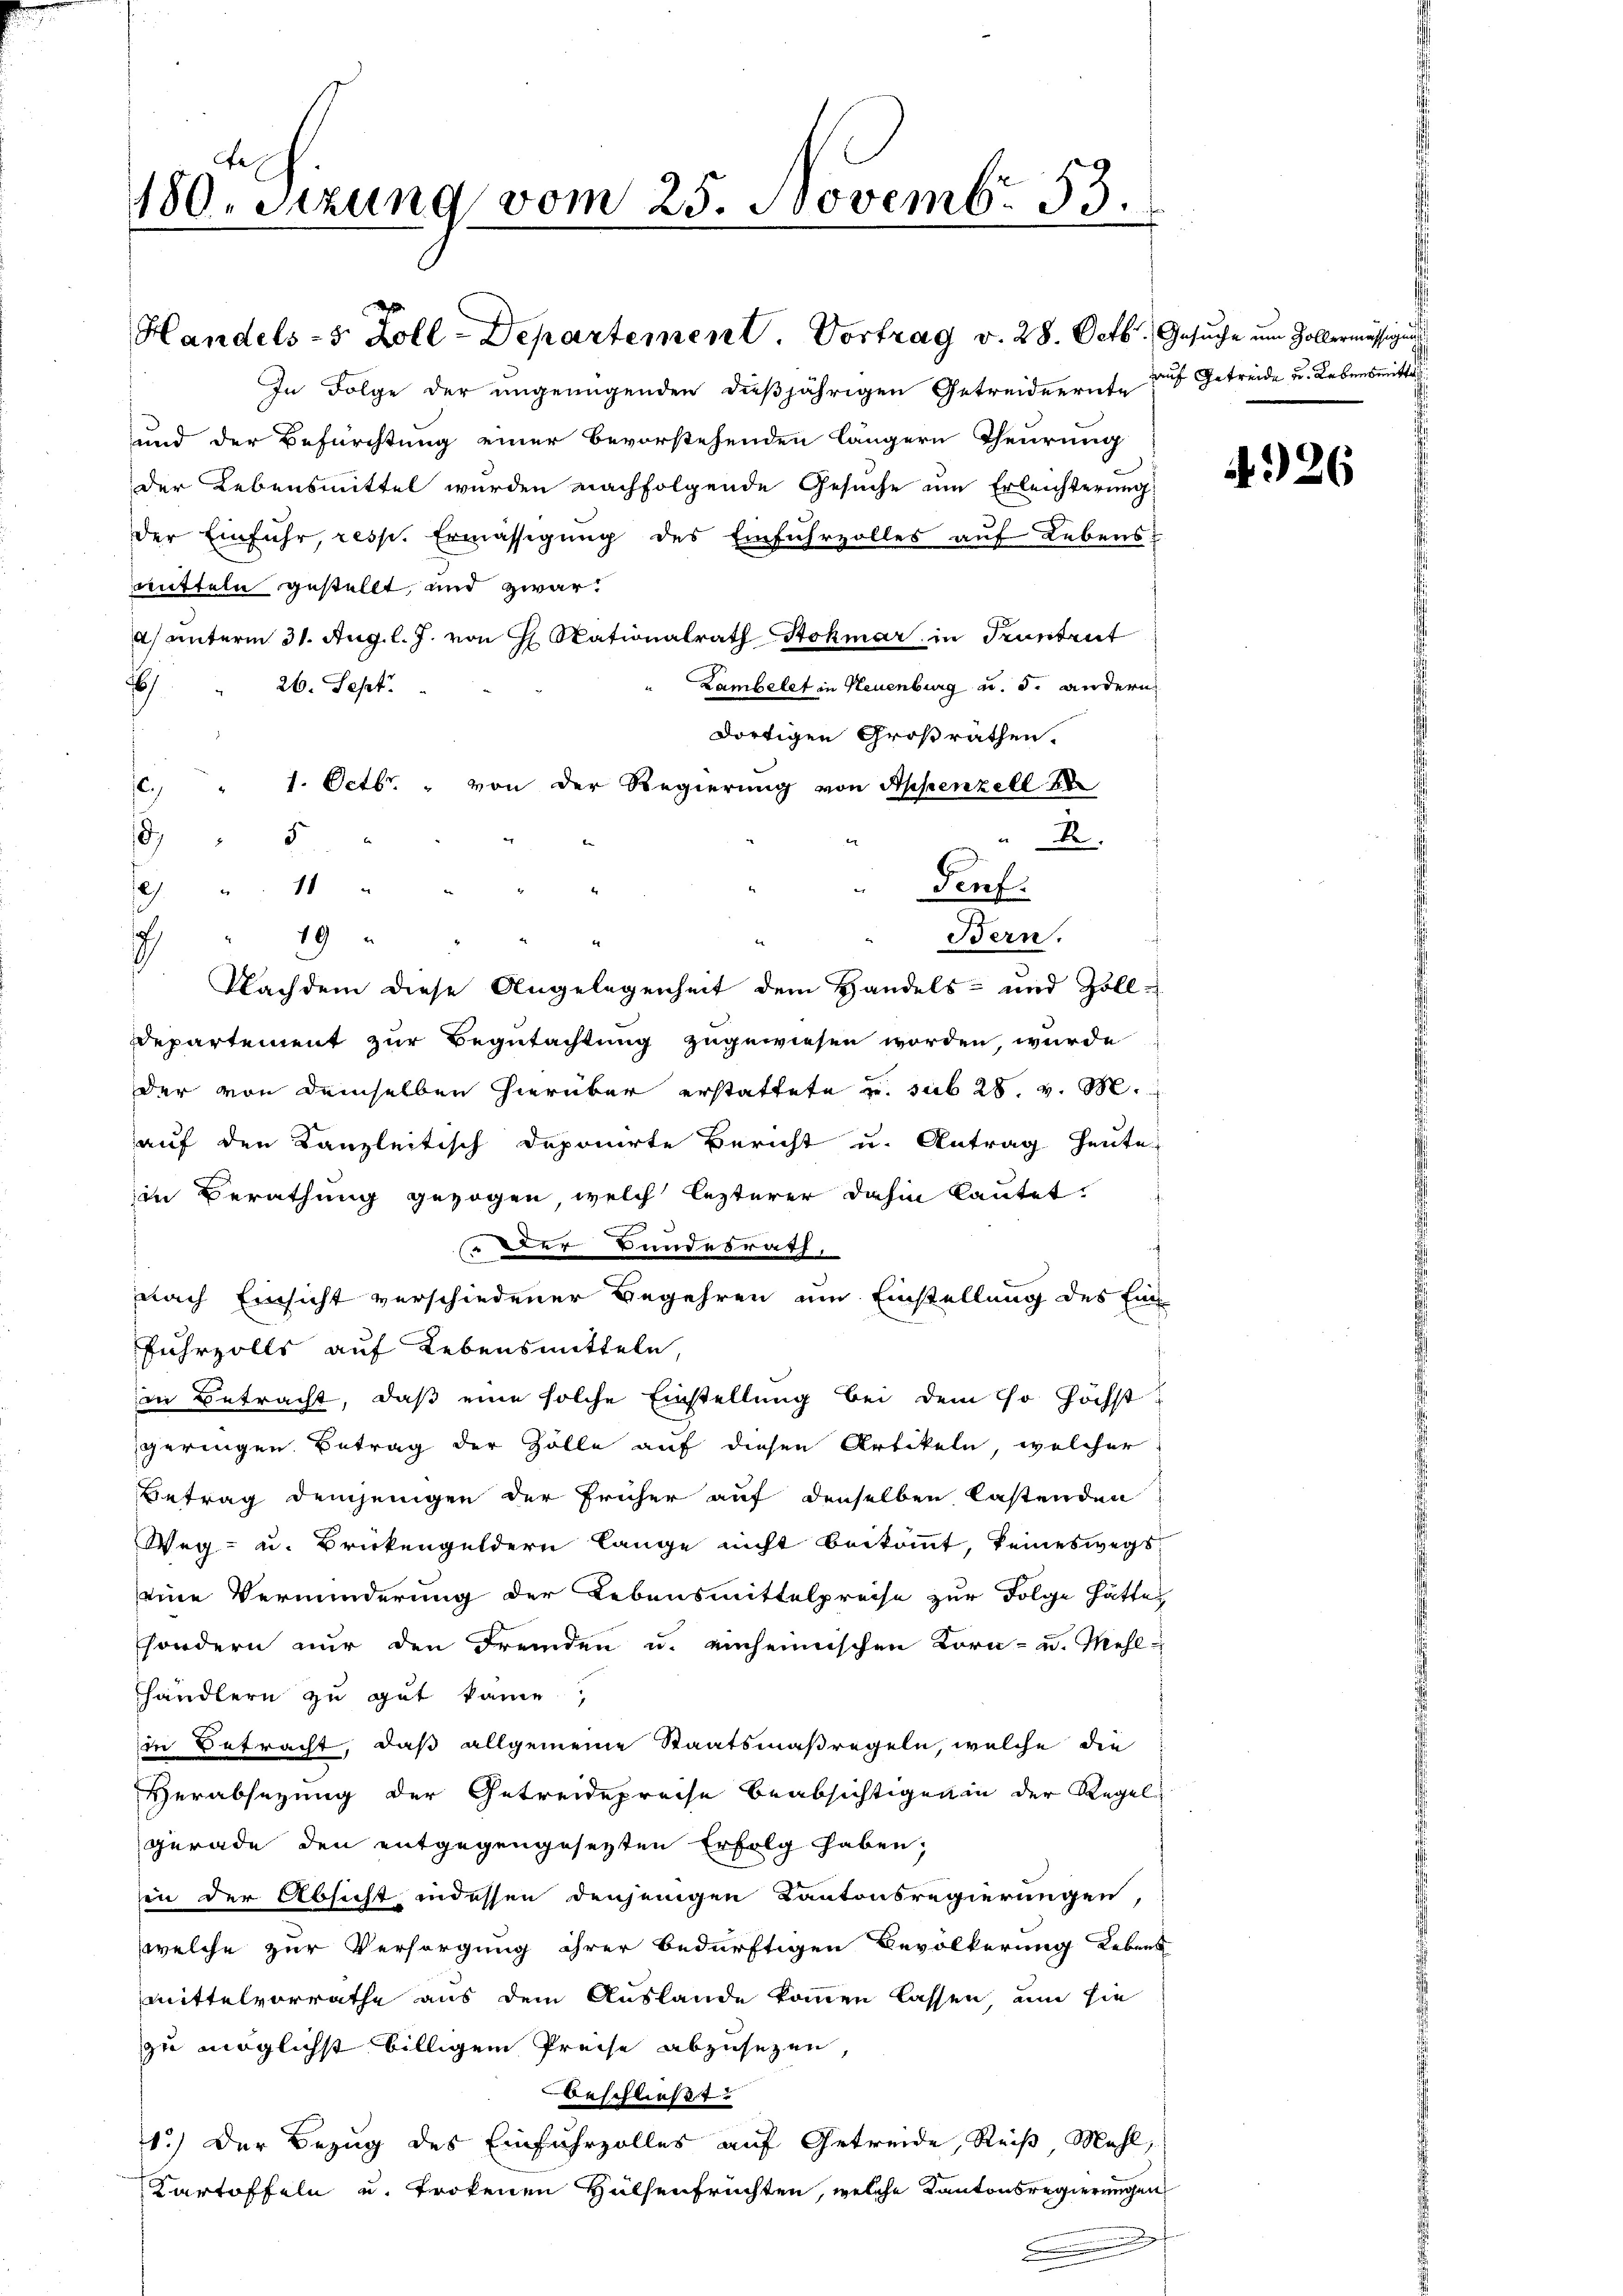
180. Sitzung vom 25. Novemb. 53.

.

Handels-5 Zoll-Departement. Vortrag v. 28. Octb.
In Folge der ungenügenden dießjährigen Getreiderrufe auf Getreide u. Lebensmittels
und der Befürchtung einer bevorstehenden längern Theurung
der Lebensmittel wurden nachfolgende Gesuche um Erleichterung
der Einfuhr, resp. Ermässigung des Einfuhrzolles auf Lebens:
mitteln gestellt, und zwar:
a) unterm 31. Aug. l. J. von Nationalrath Stokmar in Truntrut
)
Lambelet in Neuenburg u. s. andern
26. Sept.
dortigen Großrathen.
1. Octbr. " von der Regierung von Appenzell 18
e
)
R
11
)
h
19
Bern.
Nachdem diese Angelegenheit dem Handels- und Zoll¬
Departement zur Begutachtung zugewiesen worden, wurde
der von demselben hierüber erstattete u. sub 28. v. M.
auf den Kanzleitisch deponirte Bericht u. Antrag heute
in Berathung gezogen, welch lezterer dahin lautet:
Der Bundesrath,
nach Einsicht verschiedener Begehren um Einstellung des Ein-
fuhrzolls auf Lebensmitteln,
in Betracht, daß eine solche Einstellung bei dem so höchst
geringen. Betrag der Zölle auf diesen Artikeln, welcher
Betrag demjenigen der früher auf denselben lastenden
Weg- u. Brückengeldern lange nicht beikommt, keineswegs
eine Verminderung der Lebensmittelpreise zur Folge hättes
sondern nur den Fremden u. einheimischen Korn- u. Mehl-
händlern zu gut kame
in Betracht, daß allgemeine Staatsmaßregeln, welche die
Verabsezung der Getreidepreise beabsichtigen in der Regel
gerade den entgegengesezten Erfolg haben;
in der Absicht indessen denjenigen Kantonsregierungen,
welche zur Versorgung ihrer bedürftigen Bevölkerung Lebens
mittelvorrathe aus dem Auslande kommen lassen, um sie
zu möglichst billigem Preise abzusetzen
ubeschließt:
1.) Der Bezug des Einfuhrzolles auf Getreide, Reiß, Mahl,
Kartoffeln u. trokenen Hülsenfrüchten, welche Kantonsregierungen

Genf.

Gesuche um Zollermässigung

4926